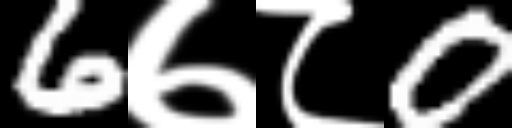
Text: 6७८0